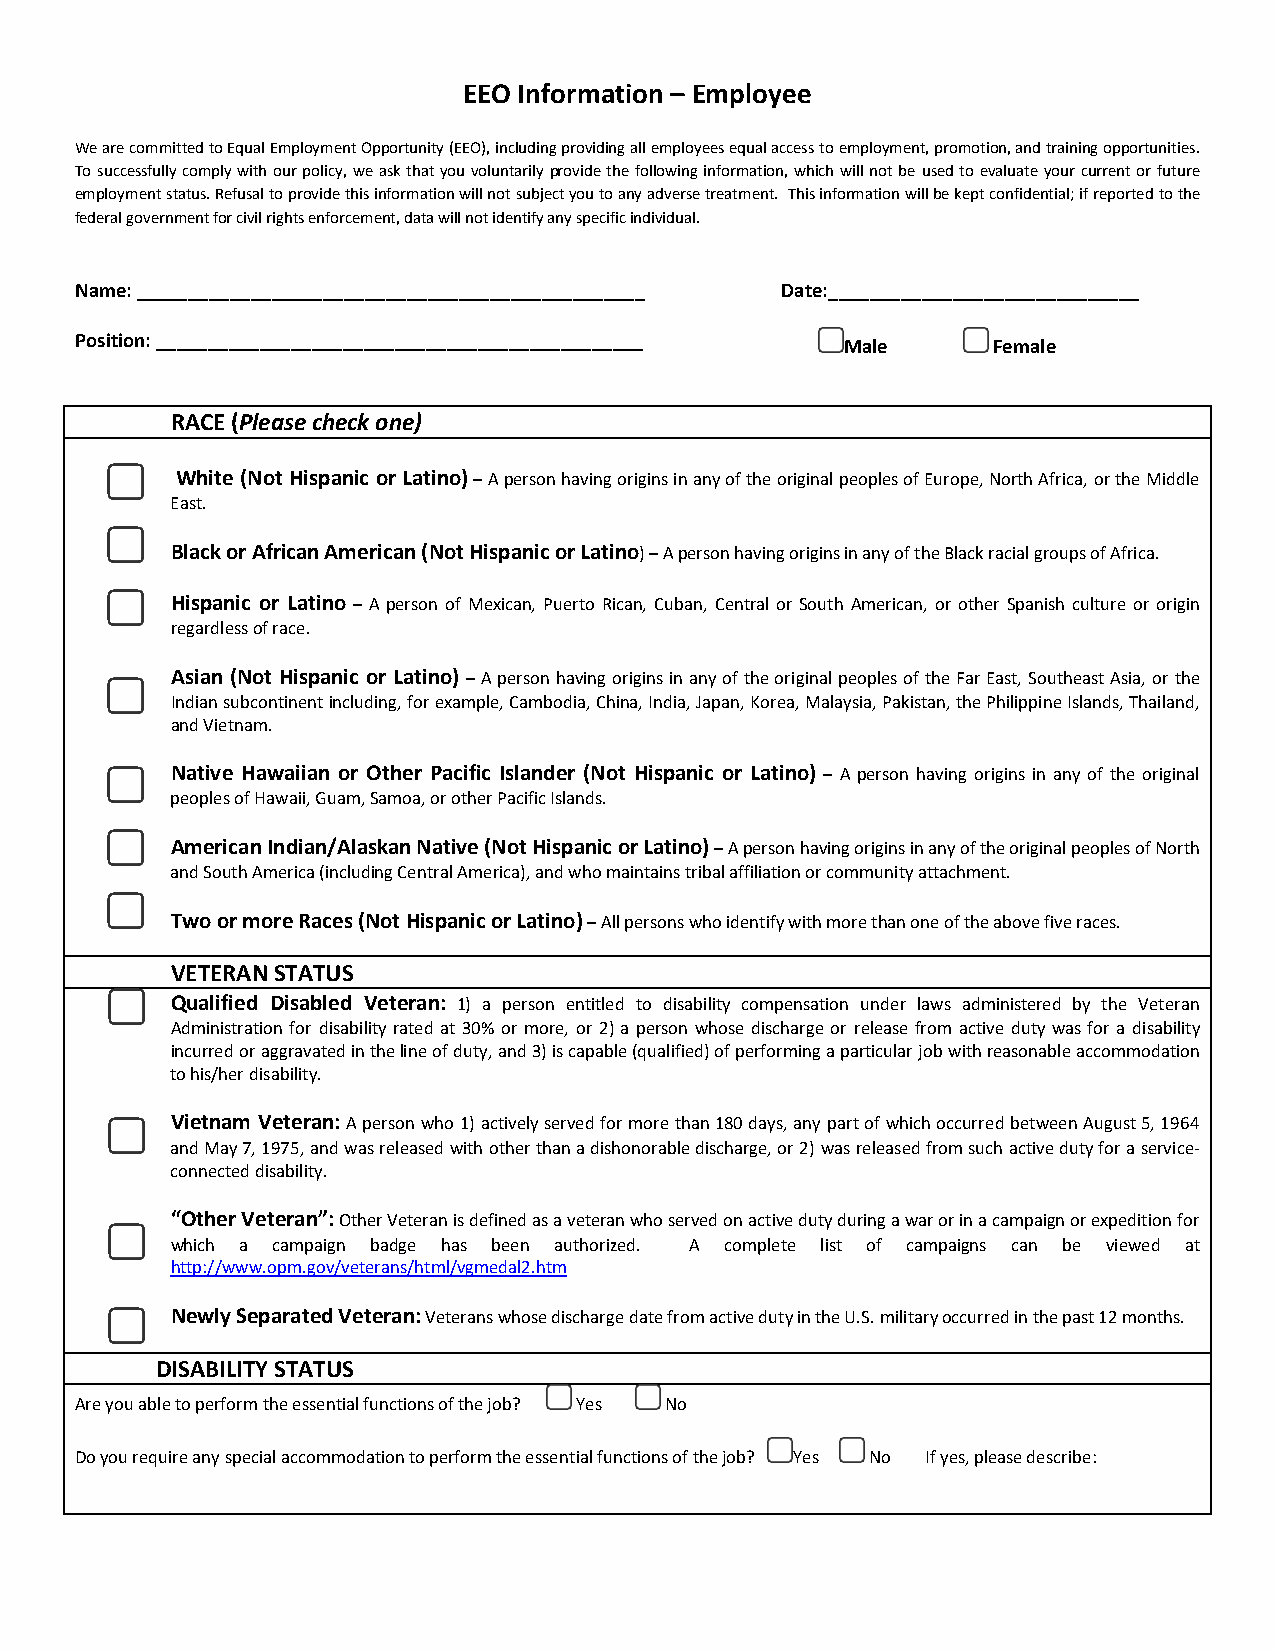
EEO Information – Employee
 We are committed to Equal Employment Opportunity (EEO), including providing all employees equal access to employment, promotion, and training opportunities.
 To successfully comply with our policy, we ask that you voluntarily provide the following information, which will not be used to evaluate your current or future
 employment status. Refusal to provide this information will not subject you to any adverse treatment. This information will be kept confidential; if reported to the
 federal government for civil rights enforcement, data will not identify any specific individual.
 Name: _________________________________________________ Date:______________________________
 Position: _______________________________________________ Male Female
 RACE (Please check one)
 White (Not Hispanic or Latino) – A person having origins in any of the original peoples of Europe, North Africa, or the Middle
 East.
 Black or African American (Not Hispanic or Latino) – A person having origins in any of the Black racial groups of Africa.
 Hispanic or Latino – A person of Mexican, Puerto Rican, Cuban, Central or South American, or other Spanish culture or origin
 regardless of race.
 Asian (Not Hispanic or Latino) – A person having origins in any of the original peoples of the Far East, Southeast Asia, or the
 Indian subcontinent including, for example, Cambodia, China, India, Japan, Korea, Malaysia, Pakistan, the Philippine Islands, Thailand,
 and Vietnam.
 Native Hawaiian or Other Pacific Islander (Not Hispanic or Latino) – A person having origins in any of the original
 peoples of Hawaii, Guam, Samoa, or other Pacific Islands.
 American Indian/Alaskan Native (Not Hispanic or Latino) – A person having origins in any of the original peoples of North
 and South America (including Central America), and who maintains tribal affiliation or community attachment.
 Two or more Races (Not Hispanic or Latino) – All persons who identify with more than one of the above five races.
 VETERAN STATUS
 Qualified Disabled Veteran: 1) a person entitled to disability compensation under laws administered by the Veteran
 Administration for disability rated at 30% or more, or 2) a person whose discharge or release from active duty was for a disability
 incurred or aggravated in the line of duty, and 3) is capable (qualified) of performing a particular job with reasonable accommodation
 to his/her disability.
 Vietnam Veteran: A person who 1) actively served for more than 180 days, any part of which occurred between August 5, 1964
 and May 7, 1975, and was released with other than a dishonorable discharge, or 2) was released from such active duty for a service-
 connected disability.
 “Other Veteran”: Other Veteran is defined as a veteran who served on active duty during a war or in a campaign or expedition for
 which a campaign badge has been authorized. A complete list of campaigns can be viewed at
 http://www.opm.gov/veterans/html/vgmedal2.htm
 Newly Separated Veteran: Veterans whose discharge date from active duty in the U.S. military occurred in the past 12 months.
 DISABILITY STATUS
 Are you able to perform the essential functions of the job? Yes No
 Do you require any special accommodation to perform the essential functions of the job? Yes No If yes, please describe: